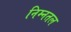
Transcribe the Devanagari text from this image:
निम्नतल